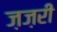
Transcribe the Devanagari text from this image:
ज़ज़री